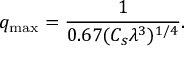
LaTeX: q _ { \operatorname* { m a x } } = { \frac { 1 } { 0 . 6 7 ( C _ { s } \lambda ^ { 3 } ) ^ { 1 / 4 } } } .